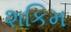
શકિમ